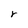
Character: r